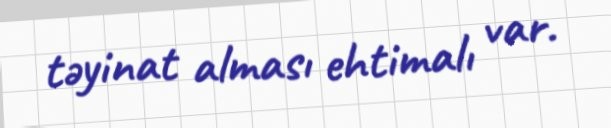
təyinat alması ehtimalı var.